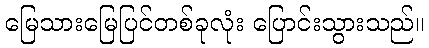
မြေသားမြေပြင်တစ်ခုလုံး ပြောင်းသွားသည်။